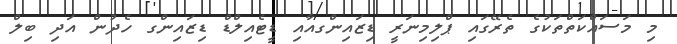
މި މަސައްކަތްތަކުގެ ތެރޭގައި ޕްލިމިނަރީ ޑިޒައިންގއާއި ޑީޓެއިލްޑް ޑިޒައިންގ ހެދުން އަދި ބިލް